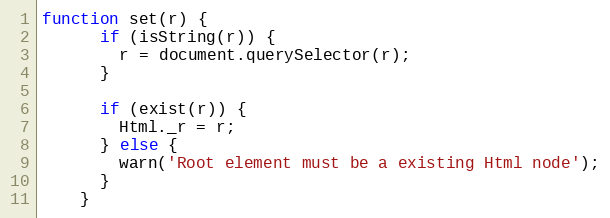
Language: JavaScript
function set(r) {
      if (isString(r)) {
        r = document.querySelector(r);
      }

      if (exist(r)) {
        Html._r = r;
      } else {
        warn('Root element must be a existing Html node');
      }
    }